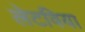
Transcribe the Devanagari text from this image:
लेटविया